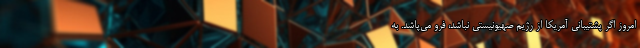
امروز اگر پشتیبانی آمریکا از رژیم صهیونیستی نباشد، فرو می‌پاشد. به